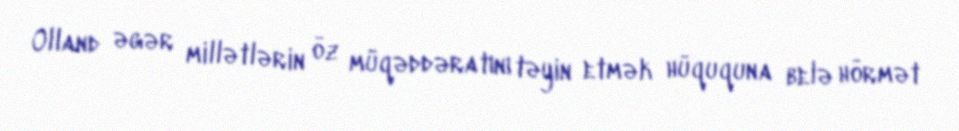
Olland əgər millətlərin öz müqəddəratını təyin etmək hüququna belə hörmət